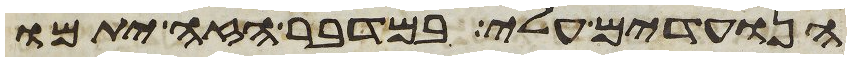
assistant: הנועדים עלי במדבר הזה יתמו